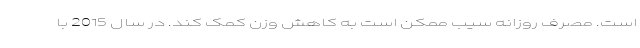
است. مصرف روزانه سیب ممکن است به کاهش وزن کمک کند. در سال 2015 با